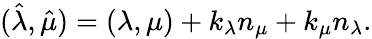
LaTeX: (\hat{\lambda},\hat{\mu})=(\lambda,\mu)+k_{\lambda}n_{\mu}+k_{\mu}n_{\lambda}.